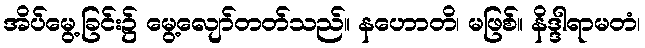
အိပ်မွေ့ခြင်း၌ မွေ့လျော်တတ်သည်။ နဟောတိ၊ မဖြစ်။ နိဒ္ဒါရာမတံ၊